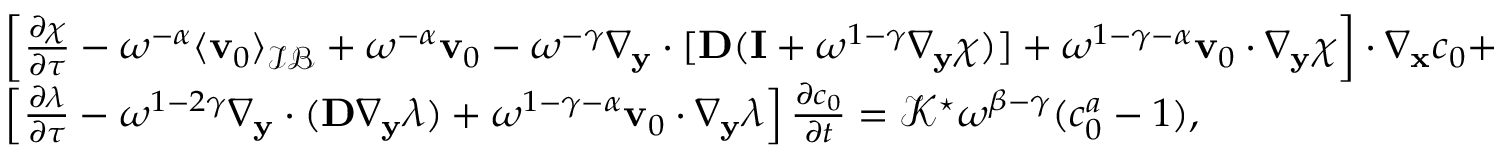
\begin{array} { r l } & { \left[ \frac { \partial \boldsymbol \chi } { \partial \tau } - \omega ^ { - \alpha } \langle \mathbf v _ { 0 } \rangle _ { \mathcal { I B } } + \omega ^ { - \alpha } \mathbf v _ { 0 } - \omega ^ { - \gamma } \nabla _ { \mathbf y } \cdot [ \mathbf D ( \mathbf I + \omega ^ { 1 - \gamma } \nabla _ { \mathbf y } \boldsymbol \chi ) ] + \omega ^ { 1 - \gamma - \alpha } \mathbf v _ { 0 } \cdot \nabla _ { \mathbf y } \boldsymbol \chi \right] \cdot \nabla _ { \mathbf x } c _ { 0 } + } \\ & { \left[ \frac { \partial \lambda } { \partial \tau } - \omega ^ { 1 - 2 \gamma } \nabla _ { \mathbf y } \cdot ( \mathbf D \nabla _ { \mathbf y } \lambda ) + \omega ^ { 1 - \gamma - \alpha } \mathbf v _ { 0 } \cdot \nabla _ { \mathbf y } \lambda \right] \frac { \partial c _ { 0 } } { \partial t } = \mathcal { K } ^ { \star } \omega ^ { \beta - \gamma } ( c _ { 0 } ^ { a } - 1 ) , } \end{array}